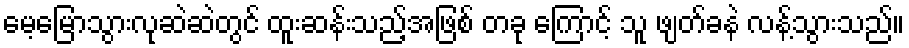
မေ့မြောသွားလုဆဲဆဲတွင် ထူးဆန်းသည့်အဖြစ် တခု ကြောင့် သူ ဖျတ်ခနဲ လန့်သွားသည်။